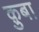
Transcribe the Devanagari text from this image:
क़ुबा